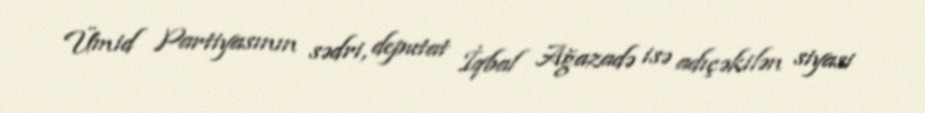
Ümid Partiyasının sədri, deputat İqbal Ağazadə isə adıçəkilən siyasi